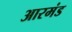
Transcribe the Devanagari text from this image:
आरमंड